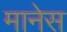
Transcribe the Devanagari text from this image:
मानेस